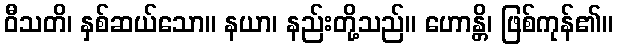
ဝီသတိ၊ နှစ်ဆယ်သော။ နယာ၊ နည်းတို့သည်။ ဟောန္တိ၊ ဖြစ်ကုန်၏။